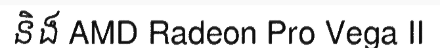
និង AMD Radeon Pro Vega II